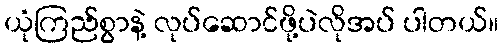
ယုံကြည်စွာနဲ့ လုပ်ဆောင်ဖို့ပဲလိုအပ် ပါတယ်။